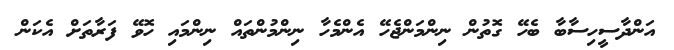
އަންދާސީހިސާބާ ބެހޭ ގޮތުން ނިންމަންޖެހޭ އެންމެހާ ނިންމުންތައް ނިންމައި ހޮވޭ ފަރާތަށް އެކަން